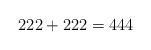
LaTeX: \begin{align*}222+222=444\end{align*}